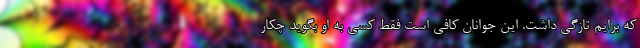
که برایم تازگی داشت. این جوانان کافی است فقط کسی به او بگوید چکار